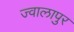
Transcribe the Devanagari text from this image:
ज्‍वालापुर